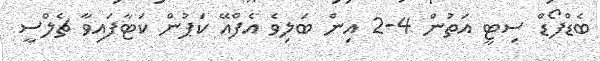
ބެޑްފޯޑް ސިޓީ އަތުން 4-2 އިން ބަލިވެ އެފްއޭ ކަޕުން ކަޓާފައިވާ ޗެލްސީ